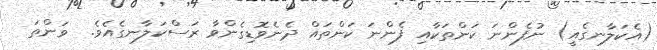
(އެކަލާނގެއީ) ނުފެންނަ ކަންތަކާއި ފެންނަ ކަންތައް ދެނެވޮޑިގެންވާ ރަސްކަލާނގެއެވެ.  ވަންތަ